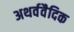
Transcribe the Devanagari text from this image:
अथर्ववैदिक